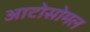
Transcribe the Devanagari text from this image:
आटोसोमल